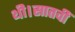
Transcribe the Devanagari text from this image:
थी।सातवीं